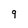
Character: 9